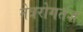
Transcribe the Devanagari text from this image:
नेत्ररोगतज्ञ